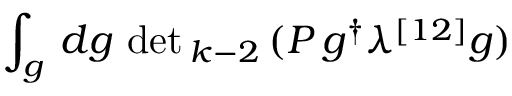
\int _ { g } \, d g \, \operatorname * { d e t } { } _ { k - 2 } \, ( P \, g ^ { \dagger } \lambda ^ { [ 1 2 ] } g )